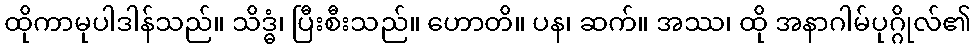
ထိုကာမုပါဒါန်သည်။ သိဒ္ဓံ၊ ပြီးစီးသည်။ ဟောတိ။ ပန၊ ဆက်။ အဿ၊ ထို အနာဂါမ်ပုဂ္ဂိုလ်၏